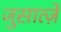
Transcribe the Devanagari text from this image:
जुसात्ज़े